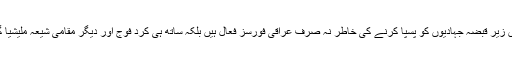
عراقی شہر موصل میں زیر قبضہ جہادیوں کو پسپا کرنے کی خاطر نہ صرف عراقی فورسز فعال ہیں بلکہ ساتھ ہی کرد فوج اور دیگر مقامی شیعہ ملیشیا گروہ بھی متحرک ہیں۔